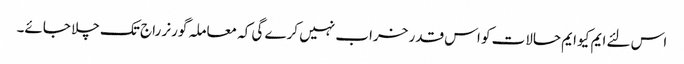
اس لئے ایم کیو ایم حالات کو اس قدر خراب نہیں کرے گی کہ معاملہ گورنر راج تک چلا جائے۔